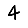
Digit: 4